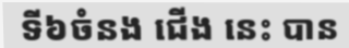
ទី៦ចំនង ជើង នេះ បាន